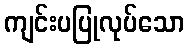
ကျင်းပပြုလုပ်သော